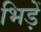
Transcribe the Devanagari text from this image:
भिड़ें